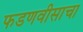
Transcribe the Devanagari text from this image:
फडणवीसाचा